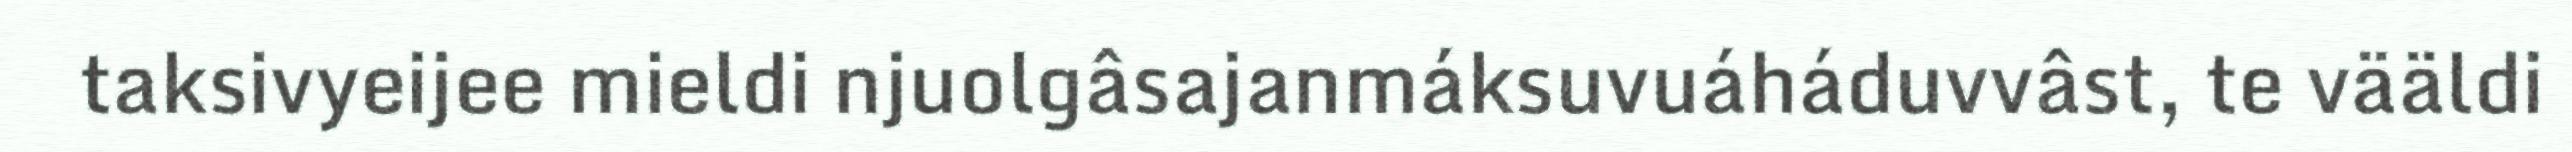
taksivyeijee mieldi njuolgâsajanmáksuvuáháduvvâst, te vääldi